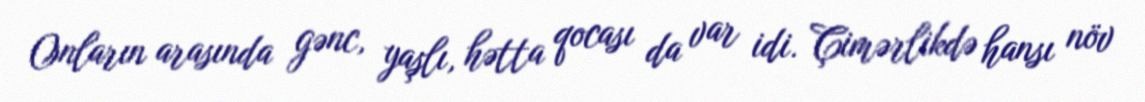
Onların arasında gənc, yaşlı, hətta qocası da var idi. Çimərlikdə hansı növ